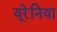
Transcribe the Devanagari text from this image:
यूरेनिया